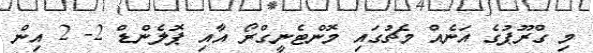
މި ގްރޫޕުގެ އަނެއް މެޗުގައި މޮންޓެނީގްރޯ އާއި ޕޮލެންޑް 2- 2 އިން